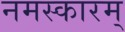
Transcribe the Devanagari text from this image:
नमस्कारम्